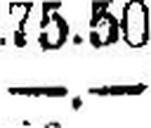
—.—